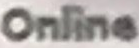
Online